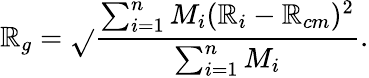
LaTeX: \mathbb{R}_{g}=\sqrt{}{{\frac{{\sum_{i=1}^{n}M_{i}(\mathbb{R}_{i}-\mathbb{R}_{cm})^{2}}}{{\sum_{i=1}^{n}M_{i}}}}}.